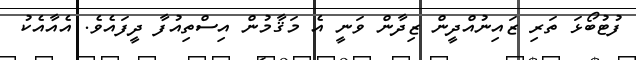
ފުޓުބޯޅަ ތަރި ޒައިނުއްދީން ޒިދާން ވަނީ އެ މަޤާމުން އިސްތިއުފާ ދީފައެވެ. އެއާއެކު